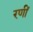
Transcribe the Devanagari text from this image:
रणीं